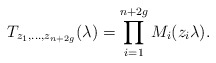
\begin{align*}T_{z_{1},\dots,z_{n+2g}}(\lambda)=\prod_{i=1}^{n+2g}{M_{i}(z_{i}\lambda)}.\end{align*}